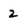
Character: 2